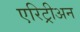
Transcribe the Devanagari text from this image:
एरिट्रीअन